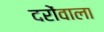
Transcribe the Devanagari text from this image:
दरोंवाला